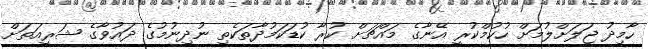
ހާމިދު ޖަލަށްލުމަށް ހުކުމްކުރީ އޭނާގެ މައްޗަށް ކުރާ ކުޑަކަމުދާތަކެތި ނުދިނުމުގެ ދައުވާގެ ޝަރީއަތަށް